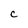
Character: C